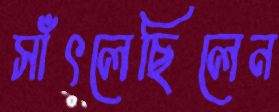
সাঁৎলেছিলেন